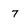
Character: 7